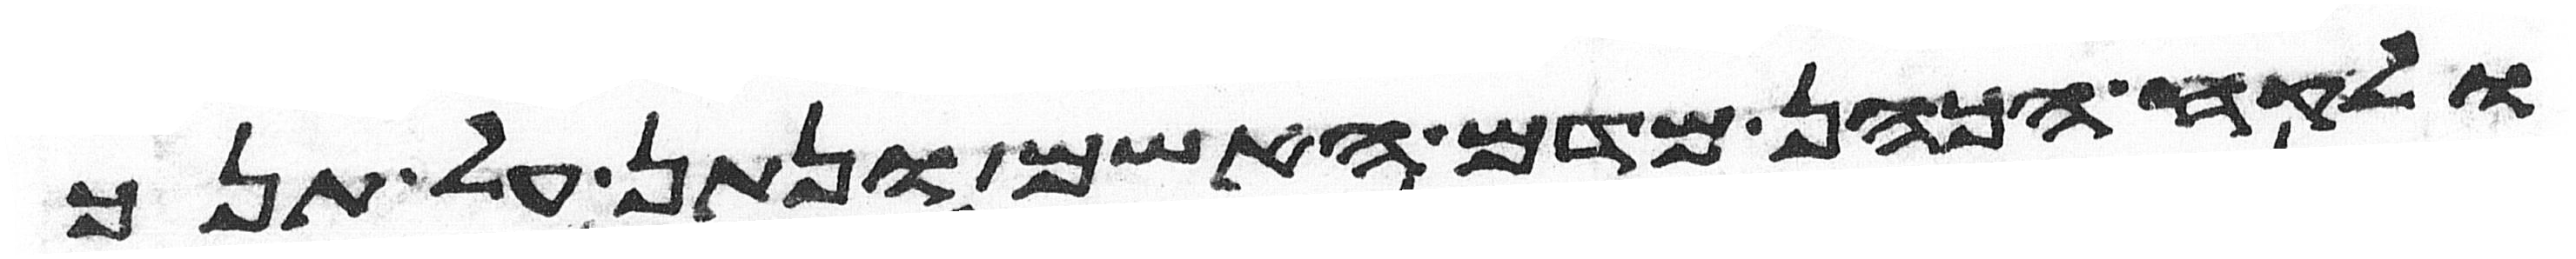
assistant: ולקח הכהן מדם האשם ונתן על תנך